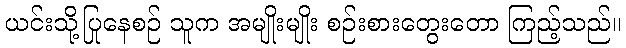
ယင်းသို့ပြုနေစဉ် သူက အမျိုးမျိုး စဉ်းစားတွေးတော ကြည့်သည်။